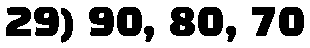
29) 90, 80, 70